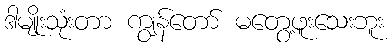
ဒါမျိုးသုံးတာ ကျွန်တော် မတွေ့ဖူးသေးဘူး